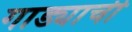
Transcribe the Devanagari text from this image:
गाड्याची